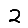
Digit: 2